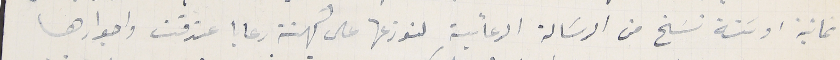
ثمانية او سَتة نسَخ من الرسَالة الرعائية لنوزعها على كهنة رعايا عندقت واجوارها